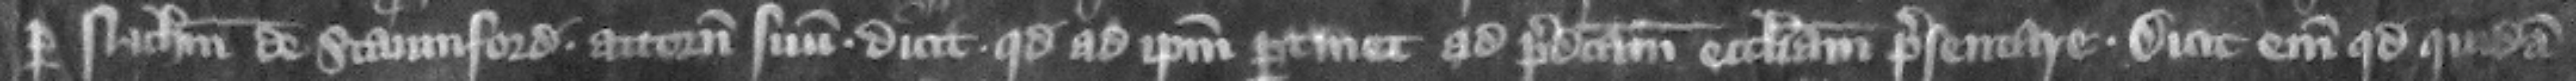
per Nicholaum de Stamford attornatum suum dicit quod ad ipsum pertinet ad predictam ecclesiam presentare. Dicit enim quod quidam